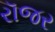
રૉજર